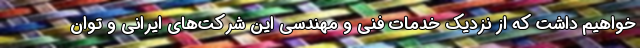
خواهیم داشت که از نزدیک خدمات فنی و مهندسی این شرکت‌های ایرانی و توان